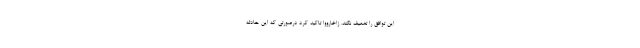
این توافق را تضعیف نکند. زاخارووا تاکید کرد درصورتی که این حادثه